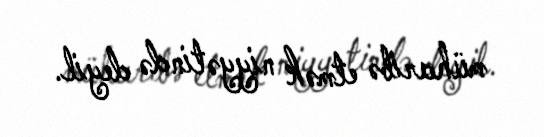
müharibə etmək niyyətində deyil.